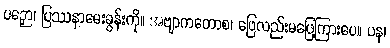
ပဉှော၊ ပြဿနာမေးခွန်းကို။ အဗျာကတောစ၊ ဖြေလည်းမဖြေကြားပေ။ ပန၊